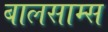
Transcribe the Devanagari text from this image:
बालसाम्स